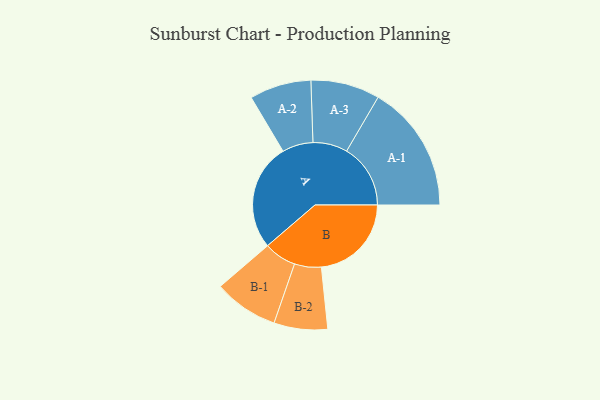
{"axis": {"x": "Segment", "y": "Value"}, "legend": ["", "A", "B"], "data": [{"x": "A", "y": 499, "type": ""}, {"x": "B", "y": 420, "type": ""}, {"x": "A-1", "y": 298, "type": "A"}, {"x": "A-2", "y": 144, "type": "A"}, {"x": "A-3", "y": 161, "type": "A"}, {"x": "B-1", "y": 151, "type": "B"}, {"x": "B-2", "y": 125, "type": "B"}]}